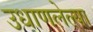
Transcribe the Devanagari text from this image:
उधाणलेल्‍या